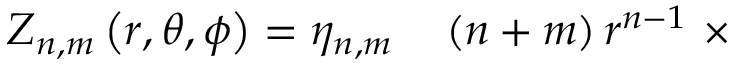
\begin{array} { r l } { Z _ { n , m } \left( r , \theta , \phi \right) = \eta _ { n , m } } & { { } \left( n + m \right) r ^ { n - 1 } \ \times } \end{array}